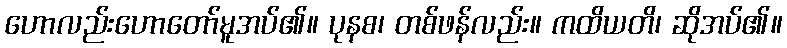
ဟောလည်းဟောတော်မူအပ်၏။ ပုနစ၊ တစ်ဖန်လည်း။ ကထိယတိ၊ ဆိုအပ်၏။